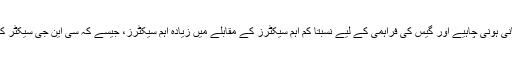
ماہرین تجویز کرتے ہیں کہ “گیس لوڈ مینجمنٹ پالیسی“ پر نظر ثانی ہونی چاہیے اور گیس کی فراہمی کے لیے نسبتاً کم اہم سیکٹرز کے مقابلے میں زیادہ اہم سیکٹرز، جیسے کہ سی این جی سیکٹر کی نسبت پاو¿ر سیکٹر کو ترجیحی بنیادوں پر فراہمی ہونی چاہیے۔